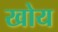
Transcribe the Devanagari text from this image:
खोय